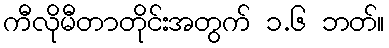
ကီလိုမီတာတိုင်းအတွက် ၁.၆ ဘတ်။